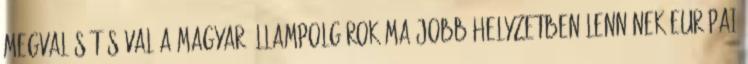
megvalósításával a magyar állampolgárok ma jobb helyzetben lennének európai